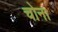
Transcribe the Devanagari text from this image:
चोना